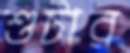
শুটার